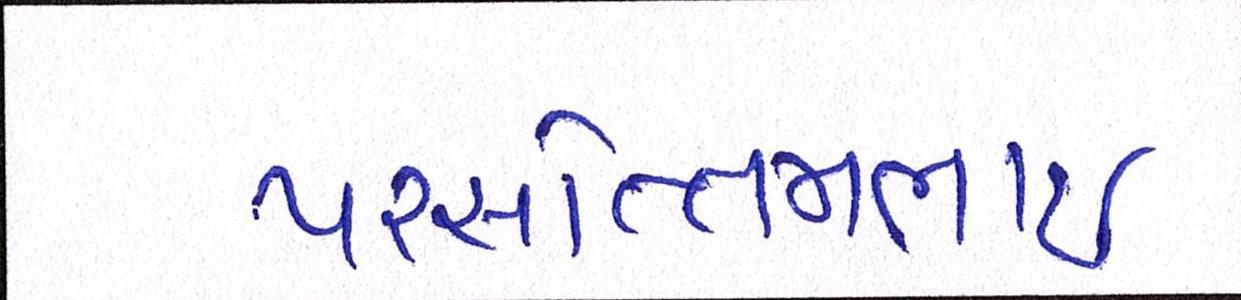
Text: પરસોત્તમભાઈ